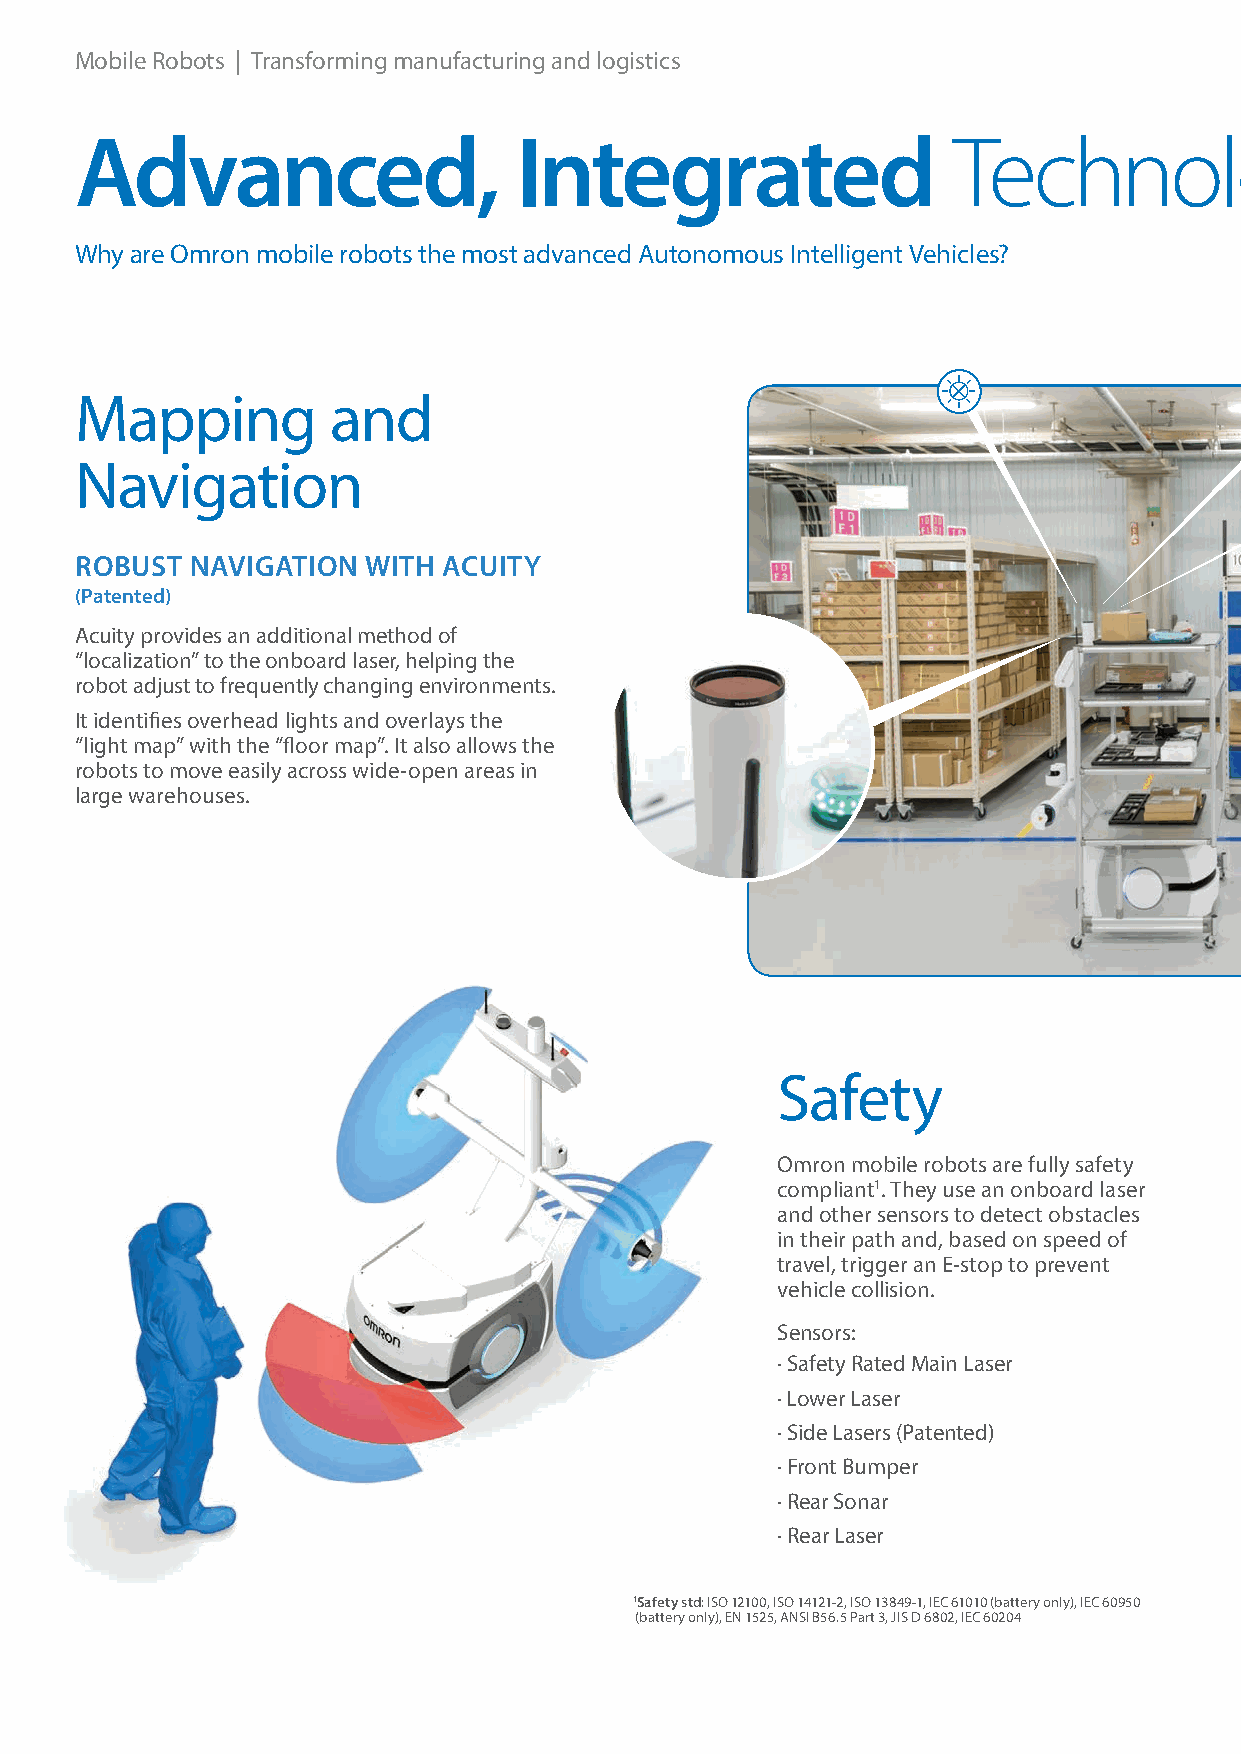
Mobile Robots | Transforming manufacturing and logistics
 Advanced,                    Integrated                   Technology
 Why are Omron mobile robots the most advanced Autonomous Intelligent Vehicles?
 Mapping          and
 Navigation
 ROBUST  NAVIGATION WITH ACUITY
 (Patented)
 Acuity provides an additional method of
 “localization” to the onboard laser, helping the
 robot adjust to frequently changing environments.
 It identifies overhead lights and overlays the
 “light map” with the “floor map”. It also allows the
 robots to move easily across wide-open areas in
 large warehouses.
 Safety
 Omron mobile robots are fully safety
 compliant1. They use an onboard laser
 and other sensors to detect obstacles
 in their path and, based on speed of
 travel, trigger an E-stop to prevent
 vehicle collision.
 Sensors:
 · Safety Rated Main Laser
 · Lower Laser
 · Side Lasers (Patented)
 · Front Bumper
 · Rear Sonar
 · Rear Laser
 1Safety std: ISO 12100, ISO 14121-2, ISO 13849-1, IEC 61010 (battery only), IEC 60950
 (battery only), EN 1525, ANSI B56.5 Part 3, JIS D 6802, IEC 60204